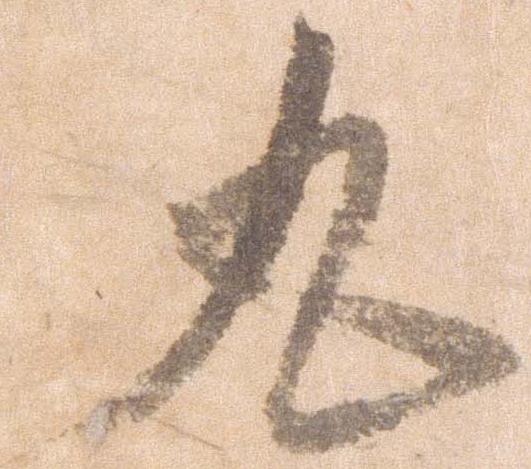
丸